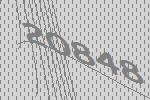
20848